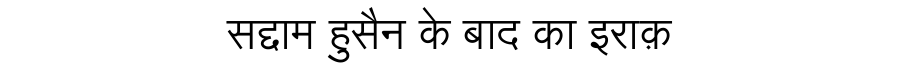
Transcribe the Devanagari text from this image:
सद्दाम हुसैन के बाद का इराक़